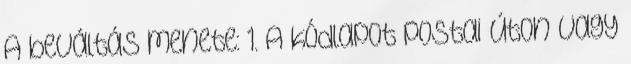
A beváltás menete: 1. A kódlapot postai úton vagy